system: You are a helpful assistant.
user:
Analyze the provided spectrum to determine if it is a **S-type Star**.

- **Key Indicators for S-type Star:**

    - **(Overall Spectrum Shape):** The first and most obvious characteristic is the overall continuum (the "baseline" shape). It is **extremely "red-sloping,"** meaning the flux (light intensity) is very low on the left side (blue, ~4000-4500 Å) and rises steeply and continuously toward the right side (red, ~7000 Å+).

    - **(Primary):** The spectrum is defined by the presence of strong, broad molecular absorption "valleys" (bands) from **Zirconium Oxide (ZrO)**. The identification of these bands is the **primary requirement** for classifying a star as S-type.
        - **(Key Bandheads):** You must find distinct, deep "dips" where the light has been absorbed. The most critical band systems to locate are:
            - **~6474 Å** ($\gamma$-system): This is often the strongest and clearest ZrO feature, found in the red part of the spectrum.
            - **~5718 Å** & **~5551 Å** ($\beta$-system): A pair of prominent absorption features in the yellow-orange part of the spectrum.
            - **~4640 Å** ($\alpha$-system): A key absorption band system in the blue-green region of the spectrum.

    - **(Secondary Confirmation):** The classification is strengthened by finding additional absorption bands from other related heavy element oxides, which are expected to be present alongside ZrO.
        - **(Key Bandheads):**
            - **Yttrium Oxide (YO):** Look for absorption dips near **~4800 Å** and **~6100 Å**.
            - **Lanthanum Oxide (LaO):** Additional absorption features, particularly in the red-orange part of the spectrum, are also characteristic.

    - **(Line Profile):** The combination of the steep red continuum and these numerous, deep molecular bands (ZrO, YO, etc.) gives the entire spectrum a very **"chopped-up"** or **"bumpy"** appearance. Instead of a smooth curve, the spectrum looks as though large, wide chunks of light have been "carved out" of it at the specific wavelengths listed above.

Think first, call **spectral_visualization_tool** if needed to examine features in detail, then provide your final answer. Your response must adhere to the following strict rules:
1.  **Overall Structure:** Your response must follow the format `<think>...</think> <tool_call>...</tool_call> (if a tool is used) <answer>...</answer>`.
2.  **Tool Usage Constraint:** You may only make **one** tool call per turn.
3.  **Final Answer Format:** In the `<answer>` tag, your conclusion must be inside a `\boxed{}` command (e.g., `\boxed{YES}` or `\boxed{NO}`), followed by your justification.

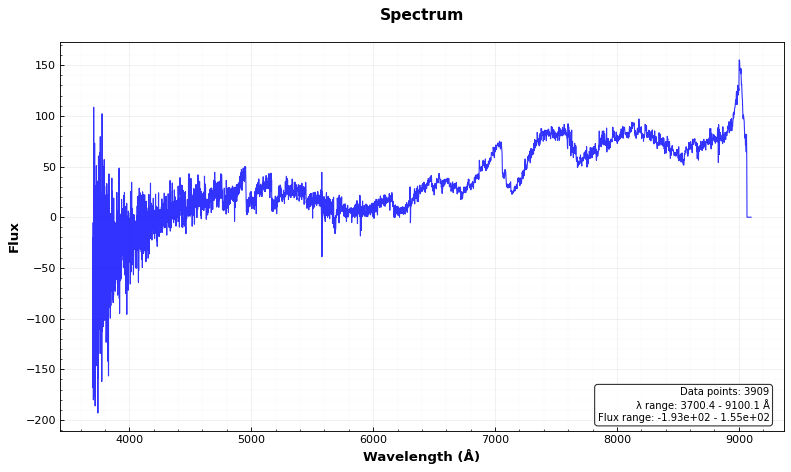
Answer: YES